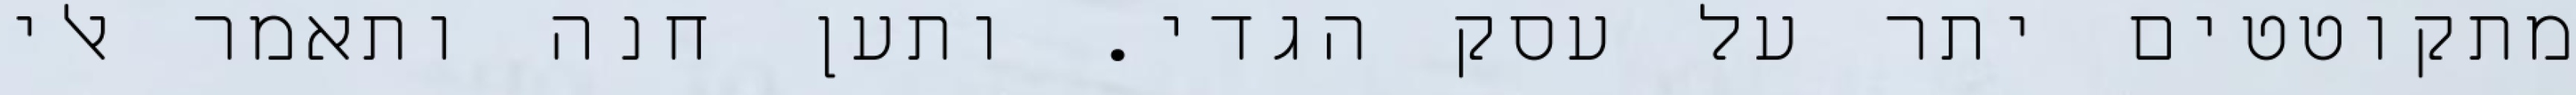
מתקוטטים יתר על עסק הגדי. ותען חנה ותאמר אלי